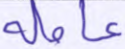
عاملة